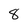
Character: 8